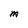
Character: M